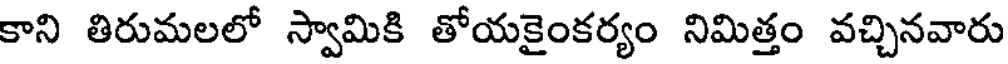
కాని తిరుమలలో స్వామికి తోయకైంకర్యం నిమిత్తం వచ్చినవారు